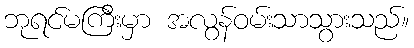
ဘုရင်မကြီးမှာ အလွန်ဝမ်းသာသွားသည်။